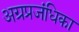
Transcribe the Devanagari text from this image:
अग्रप्रजंधिका